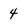
Character: 4